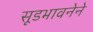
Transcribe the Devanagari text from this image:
सूडभावनेने